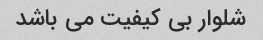
شلوار بی کیفیت می باشد